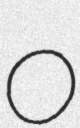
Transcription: O